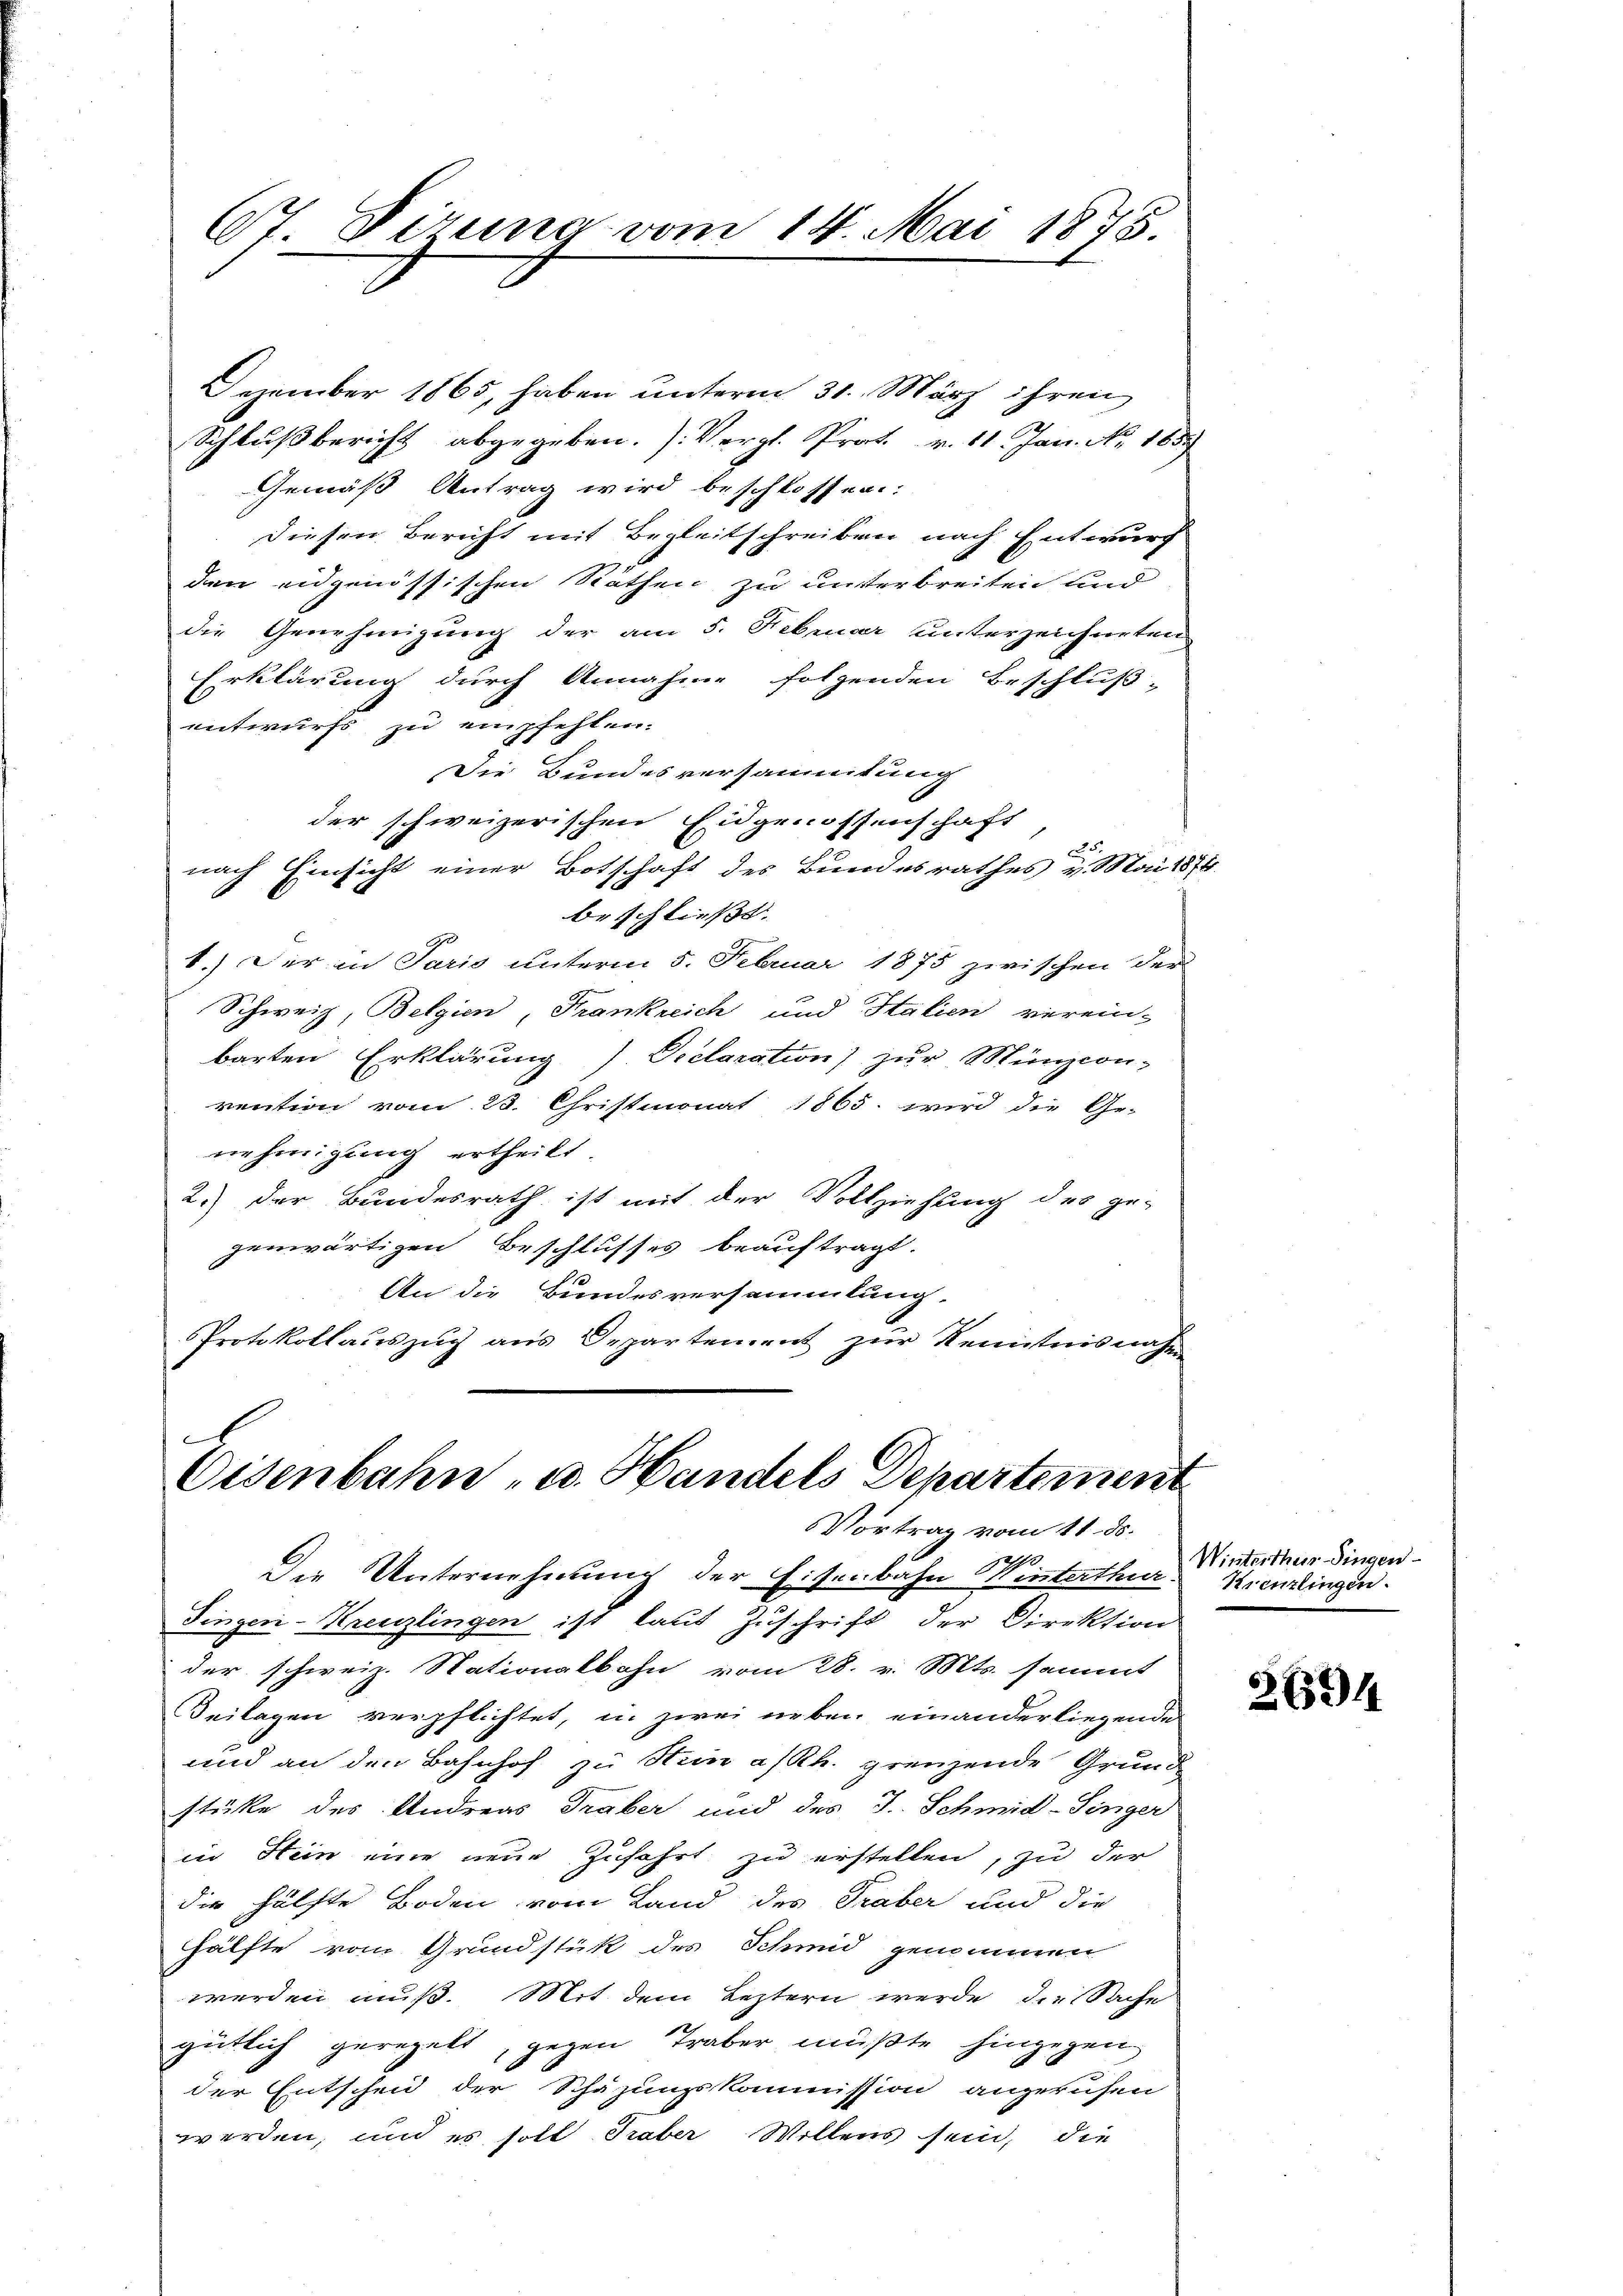
Dezember 1865, haben unterm 31. März ihren
Schlußbericht abgegeben. J. Vergl. Prot. v. 11. Jan. No. 185.
Gemäß Antrag wird beschlossen:
diesen Bericht mit Begleitschreiben nach Entwurf
den eidgenössischen Räthen zu unterbreiten und
die Genehmigung der am 5. Februar unterzeichneten
Erklärung durch Annahme folgenden Beschluß-
entwurfs zu empfehlen.
Die Bundesversammtung
der schweizerischen Eidgenossenschaft
nach Einsicht einer Botschaft des Bundesrathes v. Mai 1874.
beschließt:
1.) Der in Paris unterm 5. Februar 1875 zwischen der
Schweiz, Belgien, Frankreich und Italien verein-
barten Erklärung / Declaration) zur Münzion-
rention vom 23. Christmonat 1865. wird die Ge-
nehmigung ertheilt.
2.) der Bundesrath ist mit der Vollziehung des ge-
genwärtigen Beschlusses beauftragt.
An die Bundesversammlung.
Protokollauszug aus Departement zur Kenntnisnahme

67. Dirung vom 14. Mai 1875.

l
Osenbahn- u. Handels Departement
Vortrag vom 11. ds.

ch
Der Unternehmung der Eisenbahn Winterthur.
Dinger-Kreuzlingen ist laut Zuschrift der Direktion
der schweiz. Stationalbahn vom 28. v. Mts. sammt
Beilagen verpflichtet, in zwei neben einanderliegende
und an den Bahnhof zu Stein a/Rh. grenzende Grund
stüke des Andreas Traber und des J. Schmid-Singer
in Stein eine neue Zufahrt zu erstellen, zu der
die Hälfte Boden vom Land des Traber und die
hälfte vom Grundstück des Schmid genommen
werden muß. Mit dem Leztern werde die Sache
gütlich geregelt, gegen Traber müßte hingegen,
der Entscheid der Schäzungskommission angeruhen
werden, und es soll Traber Willens sein, die

Winterthur Singen
Krenzlingen.

2659